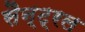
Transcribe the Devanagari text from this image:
सैन्ट्रल